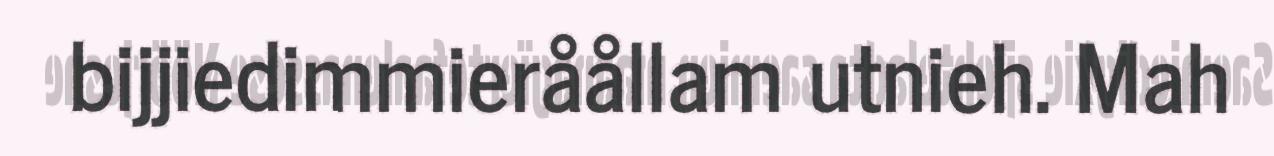
bijjiedimmieråållam utnieh. Mah